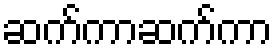
ဆက်ကာဆက်ကာ